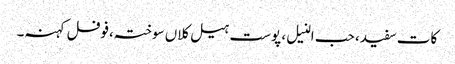
کات سفید، حب النیل، پوست ہیل کلاں سوختہ،فوفل کہنہ۔